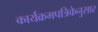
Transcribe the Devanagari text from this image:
कार्यक्रमपत्रिकेनुसार